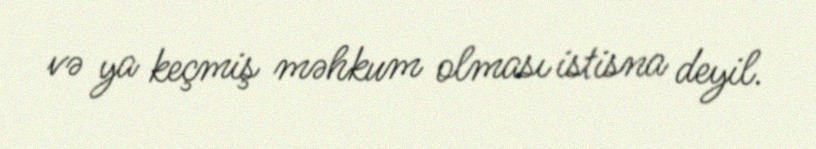
və ya keçmiş məhkum olması istisna deyil.